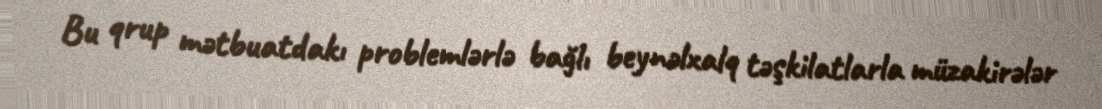
Bu qrup mətbuatdakı problemlərlə bağlı beynəlxalq təşkilatlarla müzakirələr